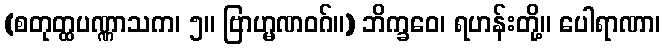
(စတုတ္ထပဏ္ဏာသက၊ ၅။ ဗြာဟ္မဏဝဂ်။) ဘိက္ခဝေ၊ ရဟန်းတို့။ ပေါရာဏာ၊